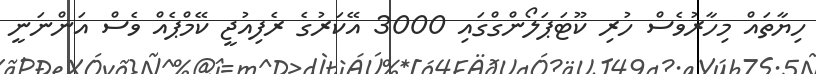
ހިޔާތައް މިހާރުވެސް ހުރި ކޫޓަޕަލޯންގްގައި 3000 އޭކަރުގެ ރެފިއުޖީ ކޭމްޕެއް ވެސް އަންނަނީ